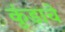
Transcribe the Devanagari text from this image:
कुंडाचे